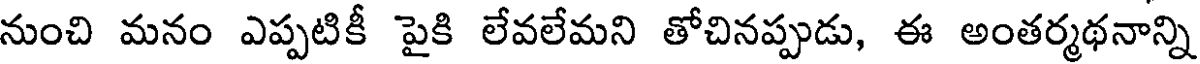
నుంచి మనం ఎప్పటికీ పైకి లేవలేమని తోచినప్పుడు, ఈ అంతర్మథనాన్ని